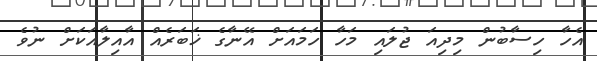
އެހާ ހިސާބުން މިދިއަ ޖުލައި މަހާ ހަމައަށް އޭނާގެ ޚަބަރެއް އާއިލާއަކަށް ނުވެ